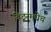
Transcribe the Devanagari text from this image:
बिठूरमधेच